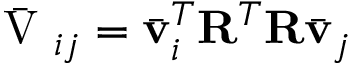
\bar { \mathrm { ~ V ~ } } _ { i j } = \bar { \mathbf { v } } _ { i } ^ { T } \mathbf { R } ^ { T } \mathbf { R } \bar { \mathbf { v } } _ { j }